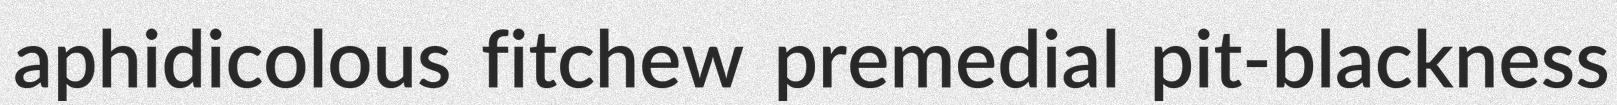
aphidicolous fitchew premedial pit-blackness